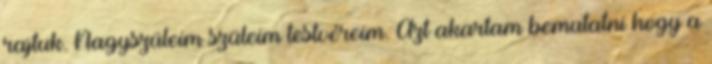
rajtuk. Nagyszüleim szüleim testvéreim. Azt akartam bemutatni hogy a